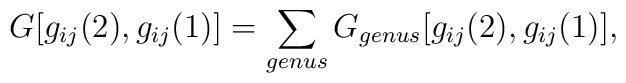
G[g_{ij} (2), g_{ij} (1)] = \sum_{genus} G_{genus}[g_{ij} (2), g_{ij} (1)],